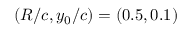
( R / c , y _ { 0 } / c ) = ( 0 . 5 , 0 . 1 )